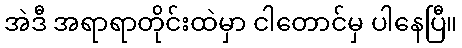
အဲဒီ အရာရာတိုင်းထဲမှာ ငါတောင်မှ ပါနေပြီ။